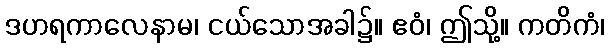
ဒဟရကာလေနာမ၊ ငယ်သောအခါ၌။ ဧဝံ၊ ဤသို့။ ကတိကံ၊